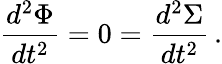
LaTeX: {\frac{d^{2}\Phi}{dt^{2}}}=0={\frac{d^{2}\Sigma}{dt^{2}}}\, .